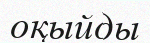
оқыйды